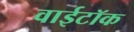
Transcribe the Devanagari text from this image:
वाईटॉक